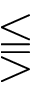
\lesseqqgtr